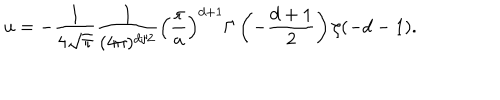
u = - { \frac { 1 } { 4 \sqrt \pi } } { \frac { 1 } { ( 4 \pi ) ^ { d / 2 } } } \left( { \frac { \pi } { a } } \right) ^ { d + 1 } \Gamma \left( - { \frac { d + 1 } { 2 } } \right) \zeta ( - d - 1 ) .